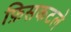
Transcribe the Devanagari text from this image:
फ़िसकटले